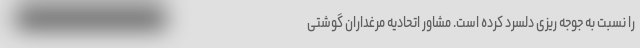
را نسبت به جوجه ریزی دلسرد کرده است. مشاور اتحادیه مرغداران گوشتی